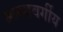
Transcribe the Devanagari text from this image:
मत्स्यवर्गीय